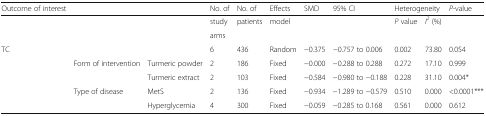
<table><thead><tr><td><b>Outcome of interest</b></td><td></td><td></td><td><b>No. of</b></td><td><b>No. of</b></td><td><b>Effects</b></td><td><b>SMD</b></td><td><b>95% CI</b></td><td colspan="2"><b>Heterogeneity</b></td><td><b><i>P</i>-value</b></td></tr></thead><tbody><tr><td></td><td></td><td></td><td>study</td><td>patients</td><td>model</td><td></td><td></td><td><i>P</i> value</td><td><i>I</i><sup><i>2</i></sup> (%)</td><td></td></tr><tr><td></td><td></td><td></td><td>arms</td><td></td><td></td><td></td><td></td><td></td><td></td><td></td></tr><tr><td>TC</td><td></td><td></td><td>6</td><td>436</td><td>Random</td><td>−0.375</td><td>−0.757 to 0.006</td><td>0.002</td><td>73.80</td><td>0.054</td></tr><tr><td></td><td>Form of intervention</td><td>Turmeric powder</td><td>2</td><td>186</td><td>Fixed</td><td>−0.000</td><td>−0.288 to 0.288</td><td>0.272</td><td>17.10</td><td>0.999</td></tr><tr><td></td><td></td><td>Turmeric extract</td><td>2</td><td>103</td><td>Fixed</td><td>−0.584</td><td>−0.980 to −0.188</td><td>0.228</td><td>31.10</td><td>0.004*</td></tr><tr><td></td><td>Type of disease</td><td>MetS</td><td>2</td><td>136</td><td>Fixed</td><td>−0.934</td><td>−1.289 to −0.579</td><td>0.510</td><td>0.000</td><td>&lt;0.0001***</td></tr><tr><td></td><td></td><td>Hyperglycemia</td><td>4</td><td>300</td><td>Fixed</td><td>−0.059</td><td>−0.285 to 0.168</td><td>0.561</td><td>0.000</td><td>0.612</td></tr></tbody></table>